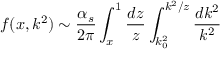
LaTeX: f ( x , k ^ { 2 } ) \sim \frac { \alpha _ { s } } { 2 \pi } \int _ { x } ^ { 1 } \frac { d z } { z } \int _ { k _ { 0 } ^ { 2 } } ^ { k ^ { 2 } / z } \frac { d k ^ { 2 } } { k ^ { 2 } }